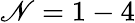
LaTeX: \mathscr{N}=1-4